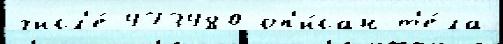
числ'е́ 473480 оп'и́сан т'е́ла